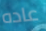
عاده